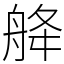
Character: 舽